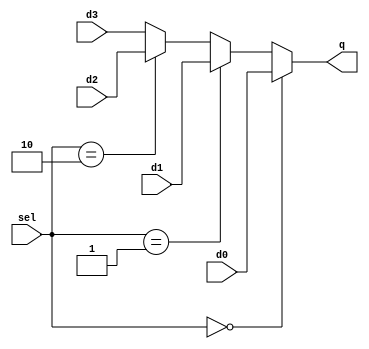
module mux4x1_1bit(sel,d0,d1,d2,d3,q);

input  d0,d1,d2,d3;
input [1:0] sel;
output reg  q;

wire [1:0] sel;
wire d0,d1,d2,d3;

always @(sel,d0,d1,d2,d3)
begin
   if( sel == 2'b00)
      q = d0;
    else if( sel == 2'b01)
         q = d1;
    else if( sel == 2'b10)
      q = d2;
    else
      q = d3;
end

endmodule